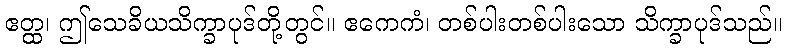
ဧတ္ထ၊ ဤသေခိယသိက္ခာပုဒ်တို့တွင်။ ဧကေကံ၊ တစ်ပါးတစ်ပါးသော သိက္ခာပုဒ်သည်။